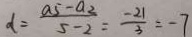
d = \frac { a 5 - a _ { 2 } } { 5 - 2 } = \frac { - 2 1 } { 3 } = - 7